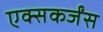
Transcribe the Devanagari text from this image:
एक्सकर्जंस